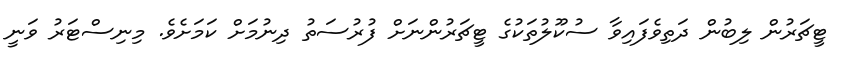
ޓީޗަރުން ލިބުން ދަތިވެފައިވާ ސުކޫލުތަކުގެ ޓީޗަރުންނަށް ފުރުސަތު ދިނުމަށް ކަމަށެވެ. މިނިސްޓަރު ވަނީ